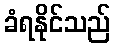
ခံရနိုင်သည်